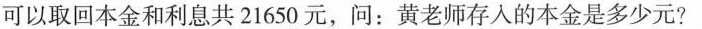
可以取回本金和利息共21650元，问：黄老师存入的本金是多少元?